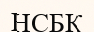
НСБК